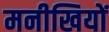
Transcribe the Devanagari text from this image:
मनीखियों